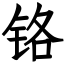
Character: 铬